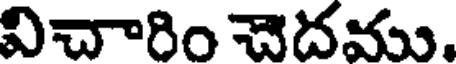
విచారిం చెదము.